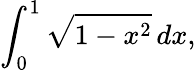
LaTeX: \int_{0}^{1}{\sqrt{1-x^{2}}}\, dx,